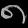
Digit: ၈